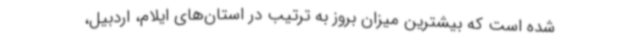
شده است که بیشترین میزان بروز به ترتیب در استان‌های ایلام، اردبیل،